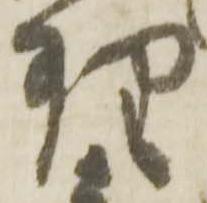
理